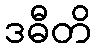
ဒဓီတိ